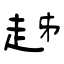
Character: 趀